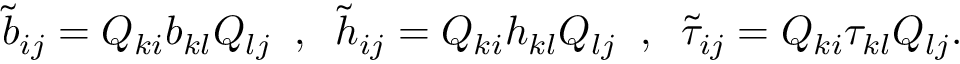
\tilde { b } _ { i j } = Q _ { k i } b _ { k l } Q _ { l j } \; \; , \; \; \tilde { h } _ { i j } = Q _ { k i } h _ { k l } Q _ { l j } \; \; , \; \; \tilde { \tau } _ { i j } = Q _ { k i } \tau _ { k l } Q _ { l j } .